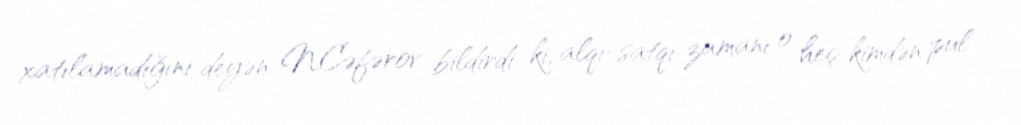
xatılamadığını deyən N.Cəfərov bildirdi ki, alqı-satqı zamanı o heç kimdən pul